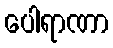
ပေါရာဏာ